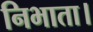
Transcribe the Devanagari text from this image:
निभाता।